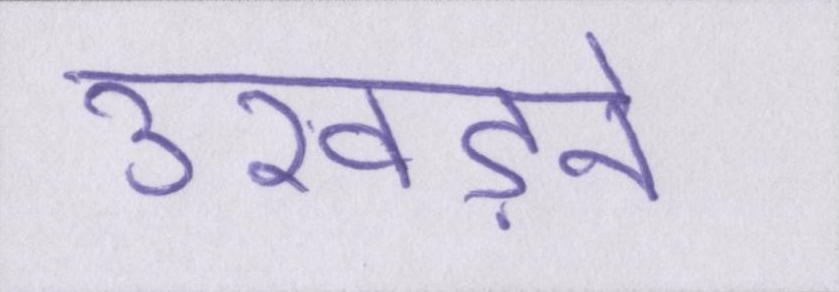
उखड़ने